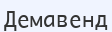
Демавенд